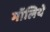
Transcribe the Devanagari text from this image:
मॉलिये